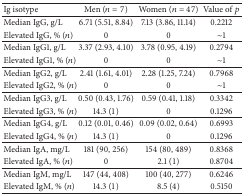
<table><thead><tr><td><b>Ig isotype</b></td><td><b>Men (<i>n</i> = 7)</b></td><td><b>Women (<i>n</i> = 47)</b></td><td><b>Value of <i>p</i></b></td></tr></thead><tbody><tr><td>Median IgG, g/L</td><td>6.71 (5.51, 8.84)</td><td>7.13 (3.86, 11.14)</td><td>0.2212</td></tr><tr><td>Elevated IgG, % (<i>n</i>)</td><td>0</td><td>0</td><td>~1</td></tr><tr><td>Median IgG1, g/L </td><td>3.37 (2.93, 4.10)</td><td>3.78 (0.95, 4.19)</td><td>0.2794</td></tr><tr><td>Elevated IgG1, % (<i>n</i>)</td><td>0</td><td>0</td><td>~1</td></tr><tr><td>Median IgG2, g/L</td><td>2.41 (1.61, 4.01)</td><td>2.28 (1.25, 7.24)</td><td>0.7968</td></tr><tr><td>Elevated IgG2, % (<i>n</i>)</td><td>0</td><td>0</td><td>~1</td></tr><tr><td>Median IgG3, g/L</td><td>0.50 (0.43, 1.76)</td><td>0.59 (0.41, 1.18)</td><td>0.3342</td></tr><tr><td>Elevated IgG3, % (<i>n</i>)</td><td>14.3 (1)</td><td>0 </td><td>0.1296</td></tr><tr><td>Median IgG4, g/L</td><td>0.12 (0.01, 0.46)</td><td>0.09 (0.02, 0.64)</td><td>0.6993</td></tr><tr><td>Elevated IgG4, % (<i>n</i>)</td><td>14.3 (1)</td><td>0</td><td>0.1296</td></tr><tr><td>Median IgA, mg/L</td><td>181 (90, 256)</td><td>154 (80, 489)</td><td>0.8368</td></tr><tr><td>Elevated IgA, % (<i>n</i>)</td><td>0</td><td>2.1 (1)</td><td>0.8704</td></tr><tr><td>Median IgM, mg/L</td><td>147 (44, 408)</td><td>100 (40, 277)</td><td>0.6246</td></tr><tr><td>Elevated IgM, % (<i>n</i>)</td><td>14.3 (1)</td><td>8.5 (4)</td><td>0.5150</td></tr></tbody></table>